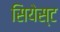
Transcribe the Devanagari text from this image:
सियेस्ट